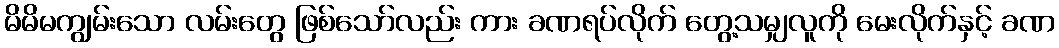
မိမိမကျွမ်းသော လမ်းတွေ ဖြစ်သော်လည်း ကား ခဏရပ်လိုက် တွေ့သမျှလူကို မေးလိုက်နှင့် ခဏ